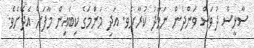
ސާޅީސް ދުވަސް ވަންދެން ނަމާދު ކުރާށެެެެވ. އަދި މަންަމަގެ ކިބައިން މާފަށް އެދޭށެވެ.